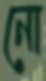
নো